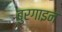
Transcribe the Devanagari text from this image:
बुरगाइन